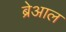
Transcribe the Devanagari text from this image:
ब्रेआल